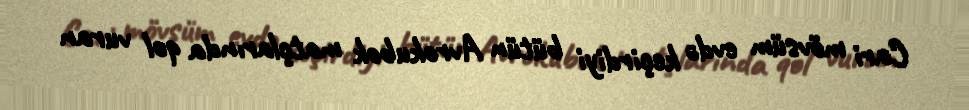
Cari mövsüm evdə keçirdiyi bütün Avrokubok matçlarında qol vuran